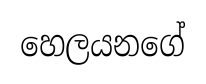
හෙලයනගේ